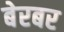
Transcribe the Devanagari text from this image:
बेरबर